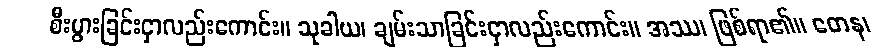
စီးပွားခြင်းငှာလည်းကောင်း။ သုခါယ၊ ချမ်းသာခြင်းငှာလည်းကောင်း။ အဿ၊ ဖြစ်ရာ၏။ တေန၊